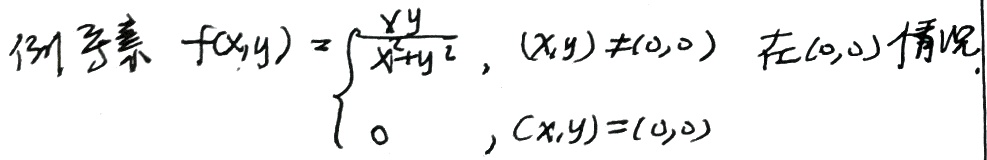
例 考察\(f(x,y)=\begin{cases}\frac{xy}{x^{2}+y^{2}},&(x,y)\neq(0,0)\\0,&(x,y)=(0,0)\end{cases}\)在\((0,0)\)处的情况。